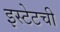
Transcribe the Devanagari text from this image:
इस्टेटची